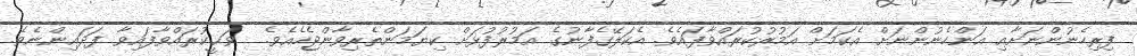
ފިރިހެނުންނަށާއި އަންހެނުންނަށް އެކަމަށް އަމުރުކުރައްވާފައެވެ. އެކަލޭގެފާނުގެ އަމުރުފުޅަށް ކިޔަމަންތެރިވާންޖެހެއެވެ.  ވަޙީކުރައްވާފައިވާ ފަދައިންނެވެ.